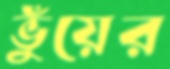
ভুঁয়ের